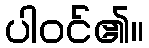
ပါဝင်၏။